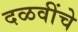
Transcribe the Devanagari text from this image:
दळवींचे